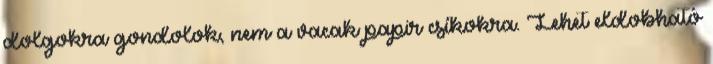
dolgokra gondolok, nem a vacak papir csíkokra. Lehet eldobható